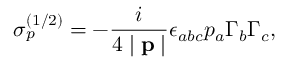
\sigma _ { p } ^ { ( 1 / 2 ) } = - \frac i { 4 \mid \mathbf { p } \mid } \epsilon _ { a b c } p _ { a } \Gamma _ { b } \Gamma _ { c } ,